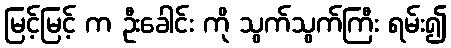
မြင့်မြင့် က ဦးခေါင်း ကို သွက်သွက်ကြီး ရမ်း၍